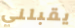
يقبلني